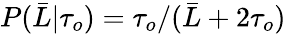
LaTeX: P(\bar{L}\vert\tau_{o})=\tau_{o}/(\bar{L}+2\tau_{o})